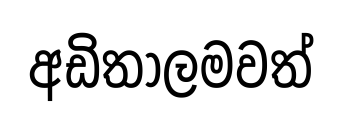
අඩිතාලමවත්